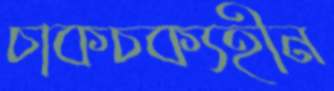
চাকচক্যহীন